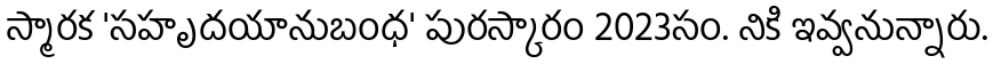
స్మారక 'సహృదయానుబంధ' పురస్కారం 2023సం. నికి ఇవ్వనున్నారు.